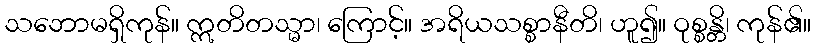
သဘောမရှိကုန်။ ဣတိတသ္မာ၊ ကြောင့်။ အရိယသစ္စာနီတိ၊ ဟူ၍။ ဝုစ္စန္တိ၊ ကုန်၏။